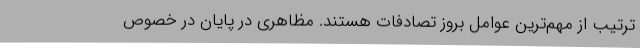
ترتیب از مهم‌ترین عوامل بروز تصادفات هستند. مظاهری در پایان در خصوص